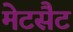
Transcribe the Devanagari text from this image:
मेटसैट